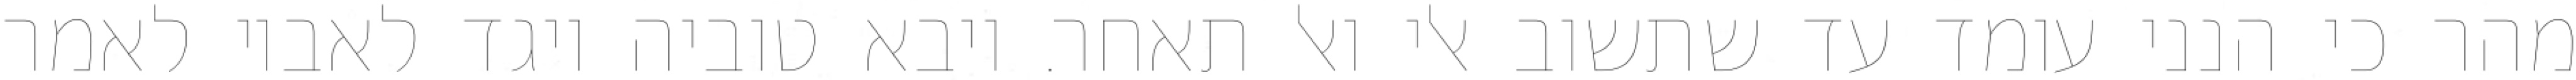
מהר כי הנני עומד עד שתשוב אלי ואל תאחר. ויבא טוביה ויגד לאביו לאמר